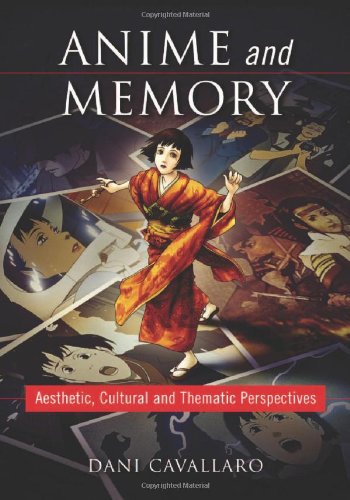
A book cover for Anime and Memory: Aesthetic, Cultural and Thematic Perspectives; Dani Cavallaro; Humor & Entertainment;